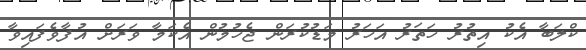
ކްލަބާ އެކު އިތުރު ހަތަރު އަހަރު މަޑުކުރަން ޖެހުމުން އެކަމާ ވަރަށް އުފާވެފައިވާ